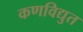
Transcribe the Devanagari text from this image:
कणविद्युत